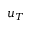
u _ { T }